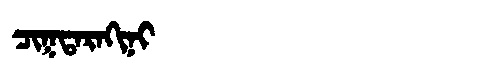
Manchu: ᠴᡳᡴᡨᠠᡵᠠᡴᡳᠨᡳ
Romanization: CIKTARAKINI